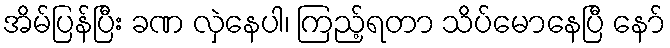
အိမ်ပြန်ပြီး ခဏ လှဲနေပါ၊ ကြည့်ရတာ သိပ်မောနေပြီ နော်